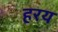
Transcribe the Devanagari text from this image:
हरय